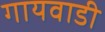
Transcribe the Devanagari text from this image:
गायवाडी